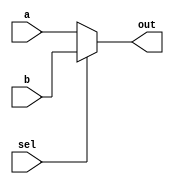
//
// mux21.v
//
`timescale 1ns/100ps

module mux21 ( 
  out,
  a,
  b,
  sel
);

  input               a;
  input               b;
  input               sel;
  output              out;



  //
  // MUX21 output
  //
  reg                 out;
  always @( sel or a or b )  begin 
    if ( !sel ) begin
      out = a;
    end
    else begin
      out = b;
    end
  end

endmodule